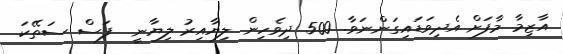
އާޒިމާ މާފަށް އެދިވަޑައިގަންނަވާ. 500 ދިވެހިން ލިޔާއިރު ލިޔާނީ  ފަސް ސަތޭކަ